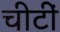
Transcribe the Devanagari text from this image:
चीटीं